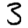
Digit: 3